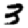
Digit: 3